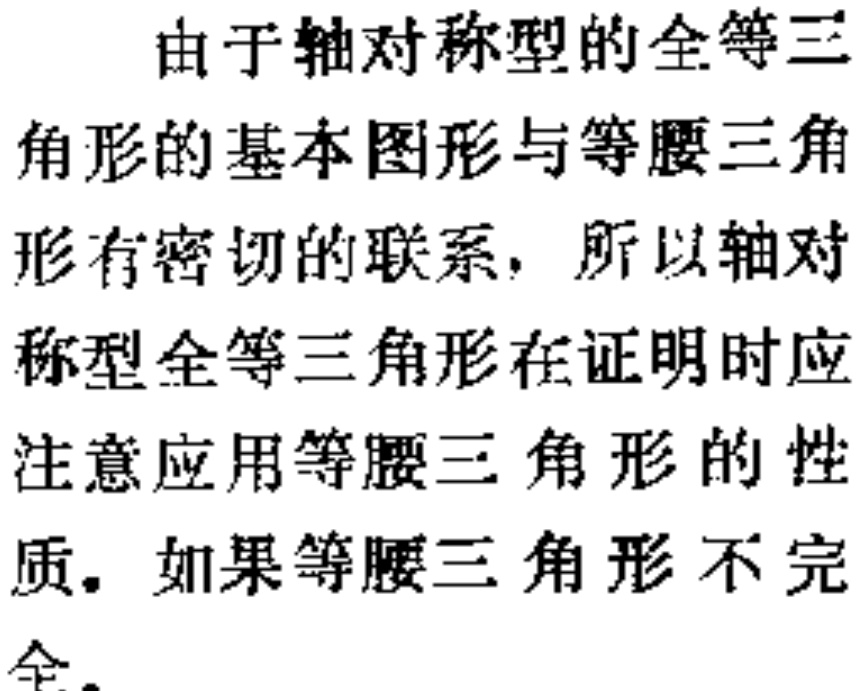
若 \(a < 1\)，则 \(\frac{1}{a} > 1\).